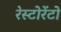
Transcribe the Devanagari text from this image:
रेस्टोरेंटो